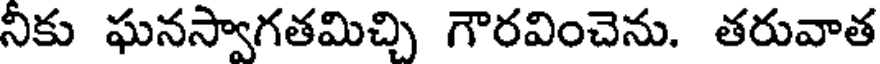
నీకు ఘనస్వాగతమిచ్చి గౌరవించెను. తరువాత